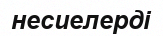
несиелерді